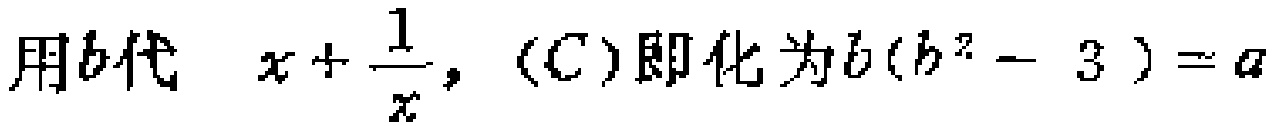
用\(b\)代 \(x+\frac{1}{x}\)，(C)即化为\(b(b^{2}-3)=a\)